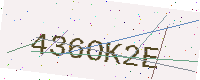
Text: 436OK2E